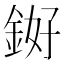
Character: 𬫓